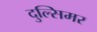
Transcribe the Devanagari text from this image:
दुल्सिमर